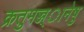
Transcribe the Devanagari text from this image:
क्रतुमज्ज्ानेषु